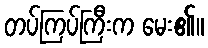
တပ်ကြပ်ကြီးက မေး၏။